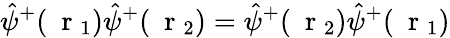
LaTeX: \hat{\psi}^{+}(\mathrm{~\mathbf~r~}_{1})\hat{\psi}^{+}(\mathrm{~\mathbf~r~}_{2})=\hat{\psi}^{+}(\mathrm{~\mathbf~r~}_{2})\hat{\psi}^{+}(\mathrm{~\mathbf~r~}_{1})